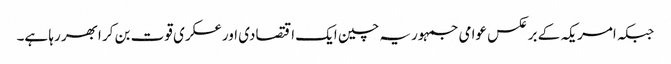
جبکہ امریکہ کے برعکس عوامی جمہوریہ چین ایک اقتصادی اورعسکری قوت بن کر ابھر رہا ہے۔